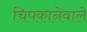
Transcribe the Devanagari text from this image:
चिपकानेवाले